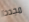
مجددا